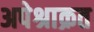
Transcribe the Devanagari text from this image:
अपेश्राक्रत